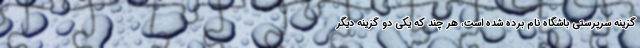
گزینه سرپرستی باشگاه نام برده شده است، هر چند که یکی دو گزینه دیگر